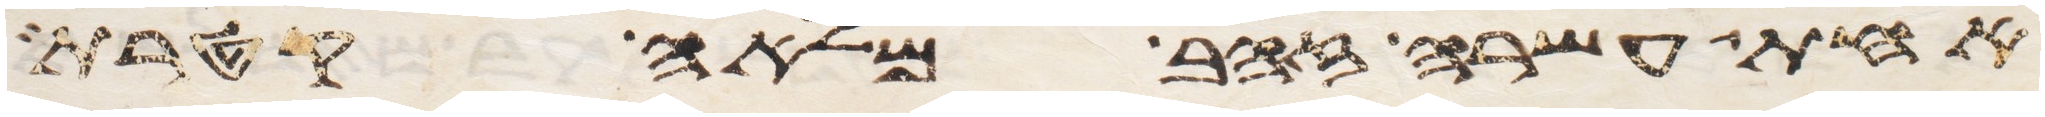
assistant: אחת עשרה זהב מלאה קטרת